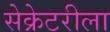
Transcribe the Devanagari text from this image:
सेक्रेटरीला